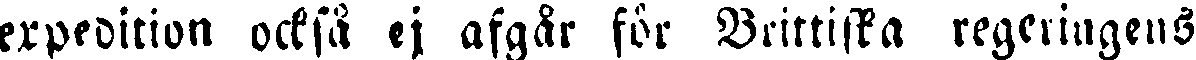
expedition också ej afgår för Brittiska regeringens